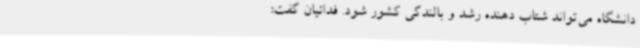
دانشگاه می‌تواند شتاب دهنده رشد و بالندگی کشور شود. فدائیان گفت: